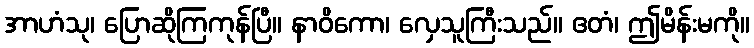
အာဟံသု၊ ပြောဆိုကြကုန်ပြီ။ နာဝိကော၊ လှေသူကြီးသည်။ ဧတံ၊ ဤမိန်းမကို။